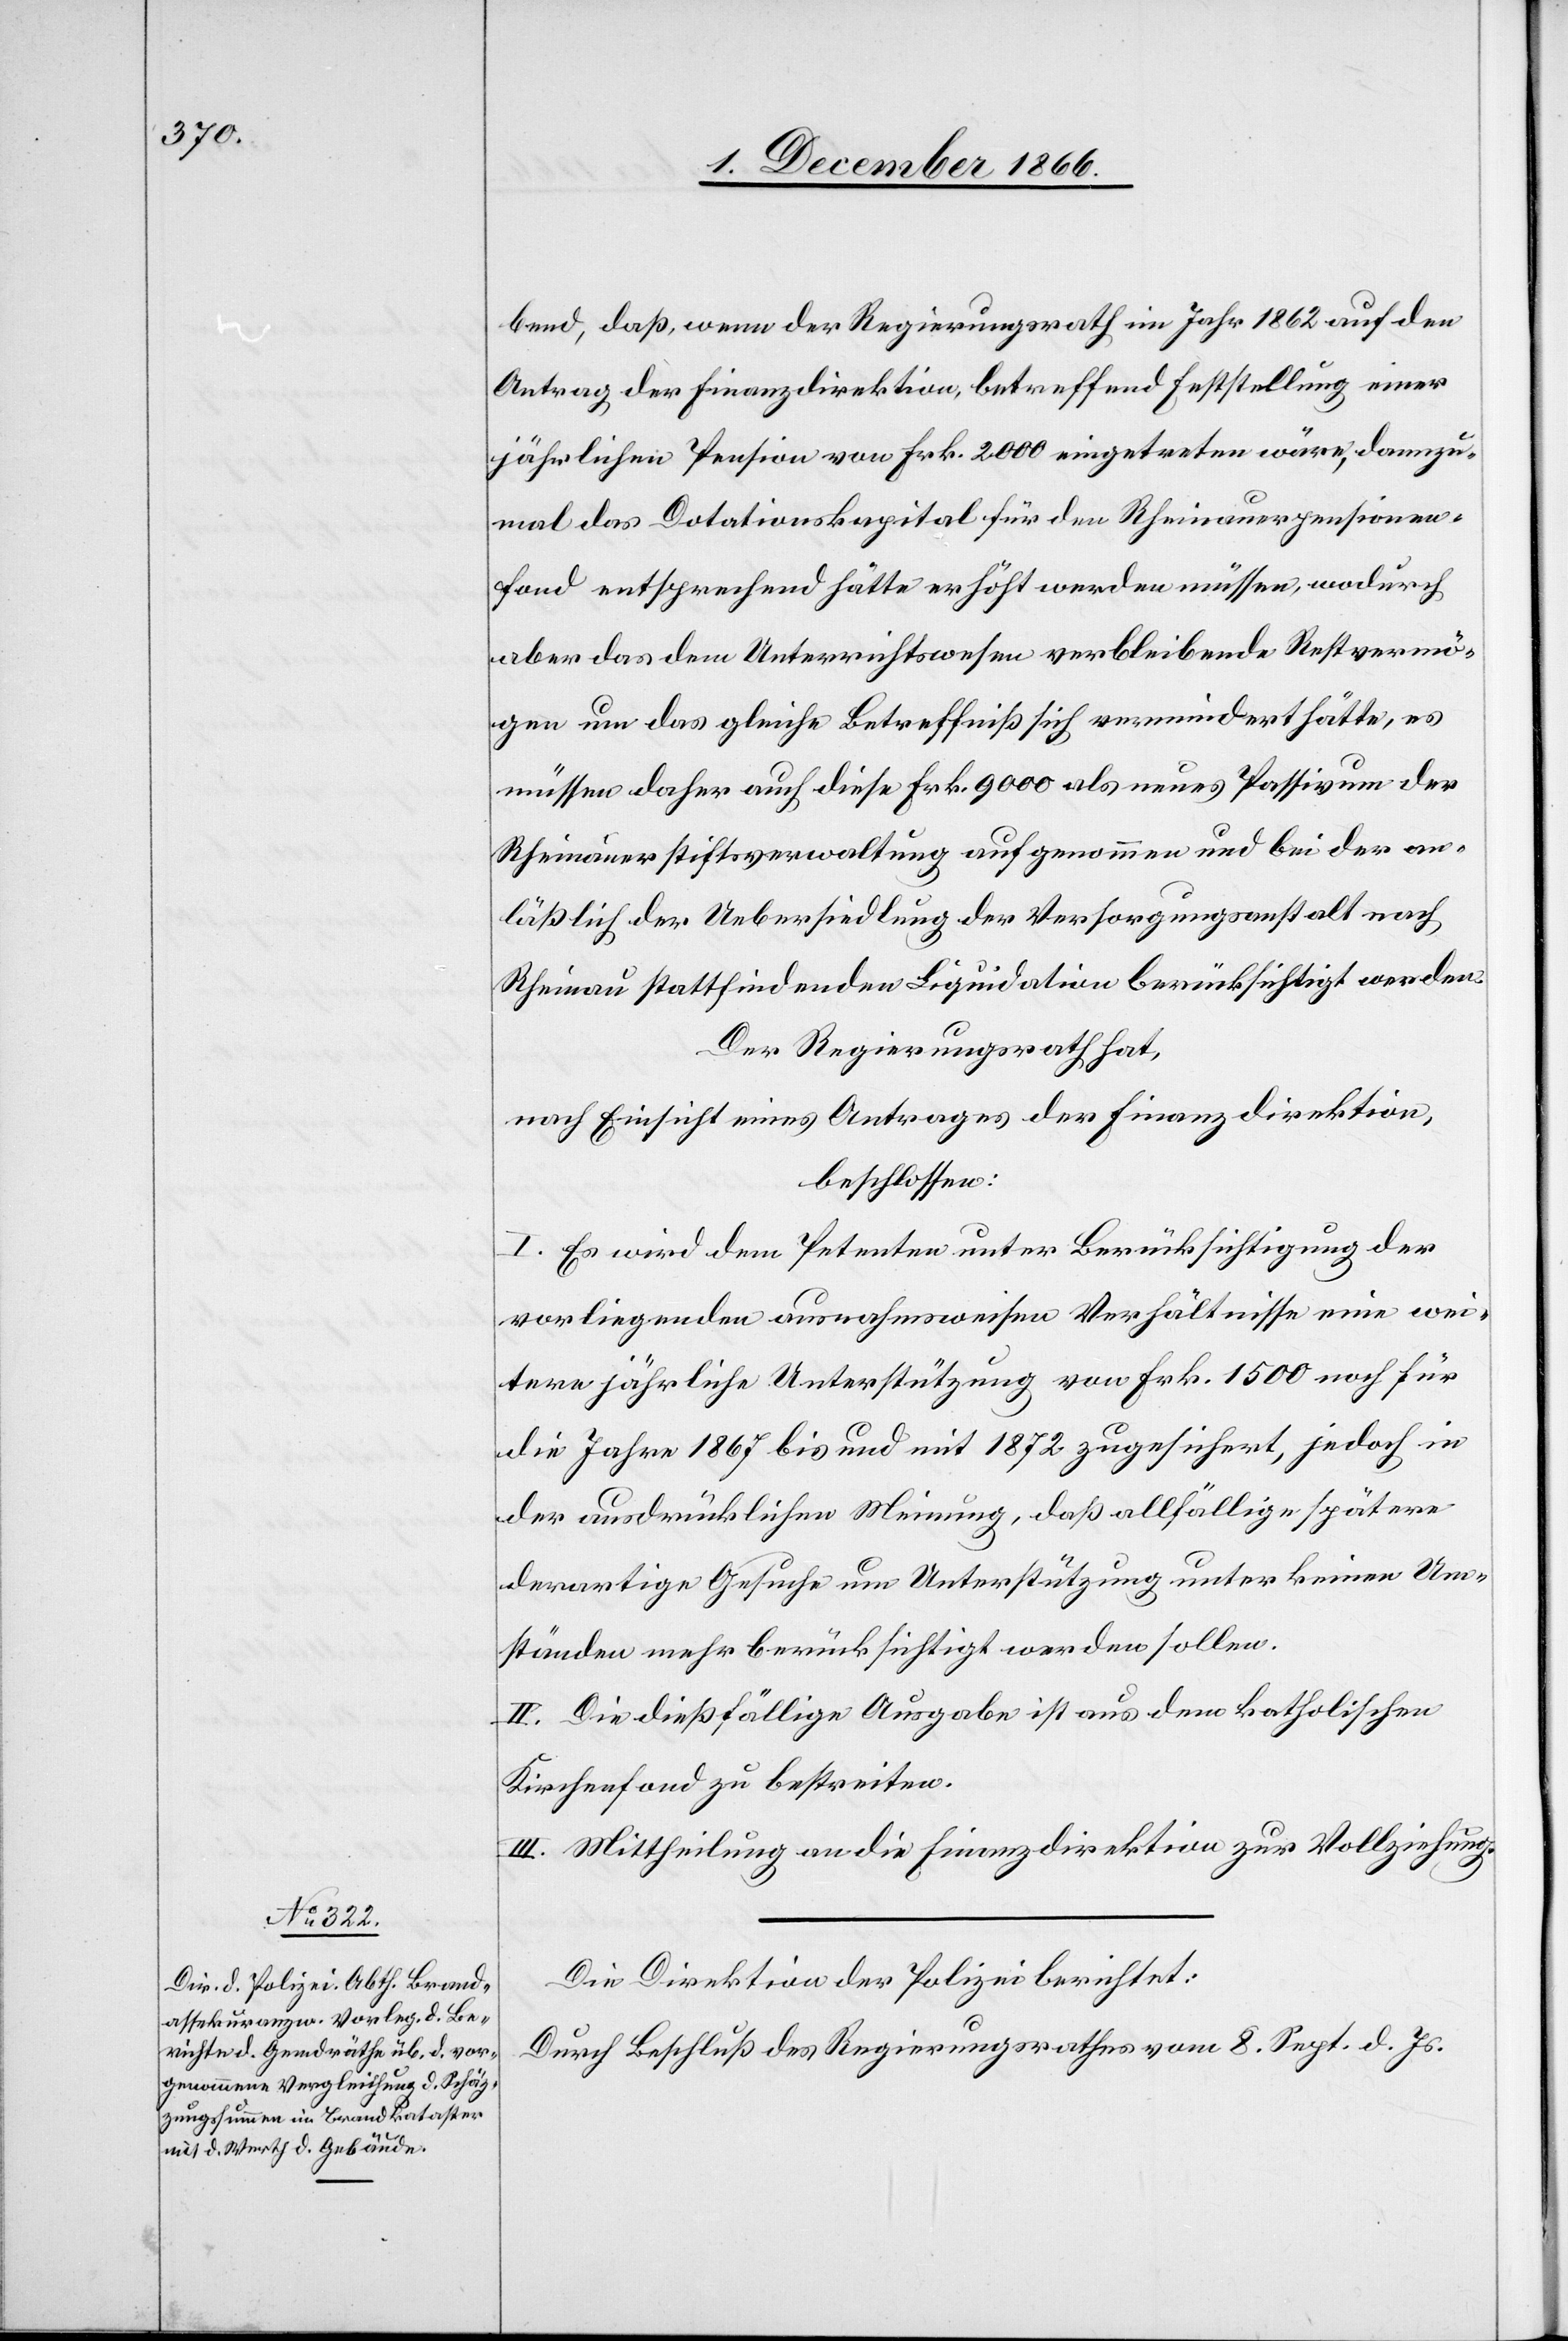
bend, daß, wenn der Regierungsrath im Jahr 1862 auf den
Antrag der Finanzdirektion, betreffend Feststellung einer
jährlichen Pension von Frk. 2000 eingetreten wäre, dannzu¬
mal das Dotationskapital für den Rheinauerpensionen¬
fond entsprechend hätte erhöht werden müssen, wodurch
aber das dem Unterrichtswesen verbleibende Restvermö¬
gen um das gleiche Betreffniß sich vermindert hätte, es
müssen daher auch diese Frk. 9000 als neues Passivum der
Rheinauerstiftsverwaltung aufgenommen und bei der an¬
läßlich der Uebersiedlung der Versorgungsanstalt nach
Rheinau stattfindenden Liquidation berücksichtigt werden.
Der Regierungsrath hat,
nach Einsicht eines Antrages der Finanzdirektion,
beschlossen:
I. Es wird dem Petenten unter Berücksichtigung der
vorliegenden ausnahmsweisen Verhältnisse eine wei¬
tere jährliche Unterstützung von Frk. 1500 noch für
die Jahre 1867 bis und mit 1872 zugesichert, jedoch in
der ausdrücklichen Meinung, daß allfällige spätere
derartige Gesuche um Unterstützung unter keinen Um¬
ständen mehr berücksichtigt werden sollen.
II. Die dießfällige Ausgabe ist aus dem katholischen
Kirchenfond zu bestreiten.
III. Mittheilung an die Finanzdirektion zur Vollziehung.
Die Direktion der Polizei berichtet:
Durch Beschluß des Regierungsrathes vom 8. Sept. d. Js.